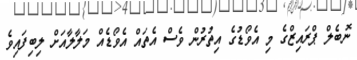
ނޮބެލް ޕްރައިޒްގެ މި އެވޯޑުގެ އިތުރުން ވެސް އެތައް އެވޯޑެއް މަލާލާއަށް ލިބިފައިވެ